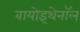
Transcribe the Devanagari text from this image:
बायोइथेनॉल